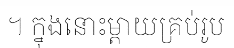
។ ក្នុងនោះម្តាយគ្រប់រូប